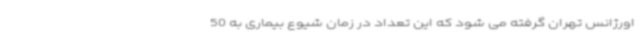
اورژانس تهران گرفته می شود که این تعداد در زمان شیوع بیماری به 50